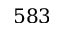
5 8 3